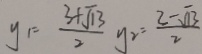
y _ { 1 } = \frac { 3 + \sqrt { 1 3 } } { 2 } y _ { 2 } = \frac { 3 - \sqrt { 1 3 } } { 2 }